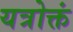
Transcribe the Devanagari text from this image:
यत्रोक्तं